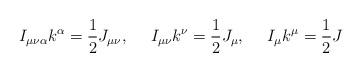
LaTeX: \begin{align*}I_{\mu\nu\alpha}k^\alpha = \frac{1}{2}J_{\mu\nu}, \ \ \ \ I_{\mu\nu}k^\nu=\frac{1}{2}J_{\mu}, \ \ \ \ I_{\mu}k^\mu = \frac{1}{2}J\end{align*}